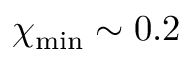
\chi _ { \mathrm { m i n } } \sim 0 . 2